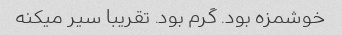
خوشمزه بود. گرم بود. تقریبا سیر میکنه